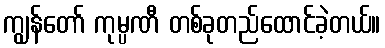
ကျွန်တော် ကုမ္ပဏီ တစ်ခုတည်ထောင်ခဲ့တယ်။